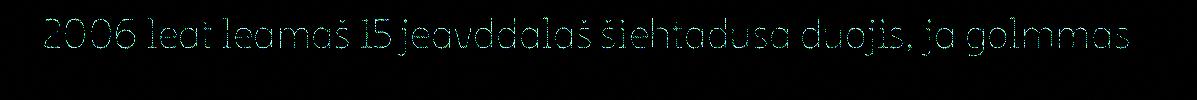
2006 leat leamaš 15 jeavddalaš šiehtadusa duojis, ja golmmas